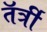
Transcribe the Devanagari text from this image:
तॅर्त्री